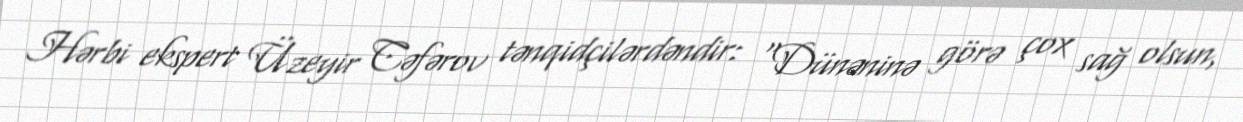
Hərbi ekspert Üzeyir Cəfərov tənqidçilərdəndir: “Dünəninə görə çox sağ olsun,